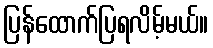
ပြန်ထောက်ပြရလိမ့်မယ်။